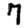
Digit: 7